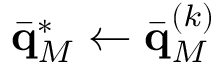
\bar { \mathbf q } _ { M } ^ { * } \gets \bar { \mathbf q } _ { M } ^ { ( k ) }